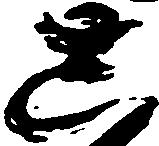
し